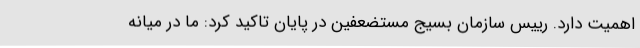
اهمیت دارد. رییس سازمان بسیج مستضعفین در پایان تاکید کرد: ما در میانه